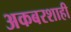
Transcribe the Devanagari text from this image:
अकबरशाही